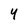
Character: 4